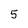
Character: 5